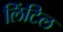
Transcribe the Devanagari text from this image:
लिंटिल